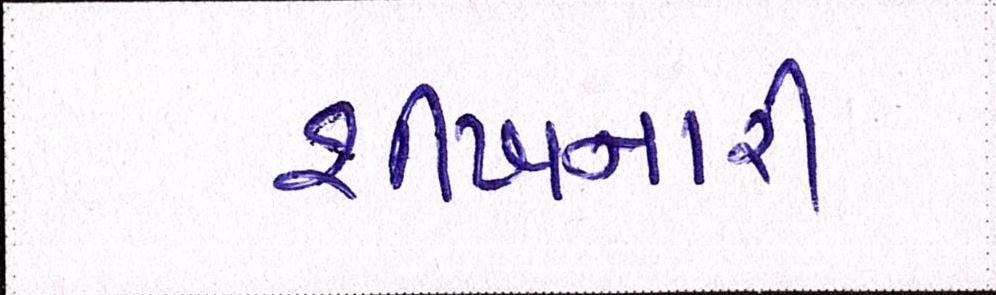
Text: શીખનારી